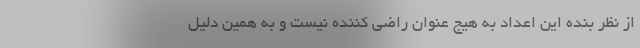
از نظر بنده این اعداد به هیج عنوان راضی کننده نیست و به همین دلیل